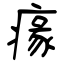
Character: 𤸁